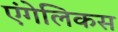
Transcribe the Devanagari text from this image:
एंगेलिकस